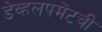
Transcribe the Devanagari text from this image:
डेव्हलपमेंटची